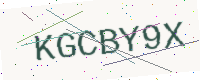
Text: KGCBY9X